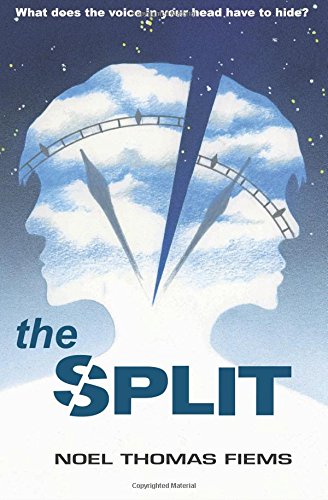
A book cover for the Split: Part 1 (Volume 1); Noel Thomas Fiems; Science Fiction & Fantasy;